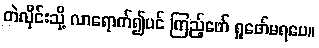
တဲလိုင်းသို့ လာရောက်၍ပင် ကြည့်ဖော် ရှုဖော်မရပေ။